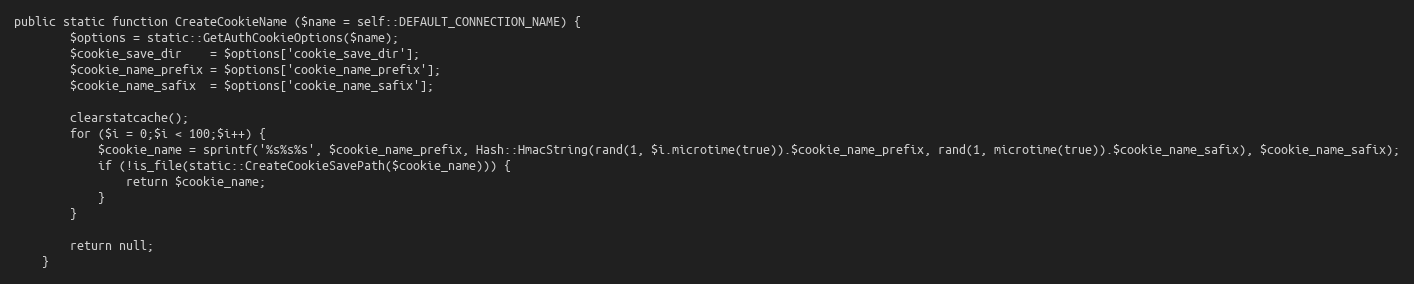
Language: PHP
public static function CreateCookieName ($name = self::DEFAULT_CONNECTION_NAME) {
		$options = static::GetAuthCookieOptions($name);
		$cookie_save_dir	= $options['cookie_save_dir'];
		$cookie_name_prefix	= $options['cookie_name_prefix'];
		$cookie_name_safix	= $options['cookie_name_safix'];

		clearstatcache();
		for ($i = 0;$i < 100;$i++) {
			$cookie_name = sprintf('%s%s%s', $cookie_name_prefix, Hash::HmacString(rand(1, $i.microtime(true)).$cookie_name_prefix, rand(1, microtime(true)).$cookie_name_safix), $cookie_name_safix);
			if (!is_file(static::CreateCookieSavePath($cookie_name))) {
				return $cookie_name;
			}
		}

		return null;
	}